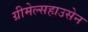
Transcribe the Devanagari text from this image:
ग्रीमेल्सहाउसेन